Annual report on the health of the army in India
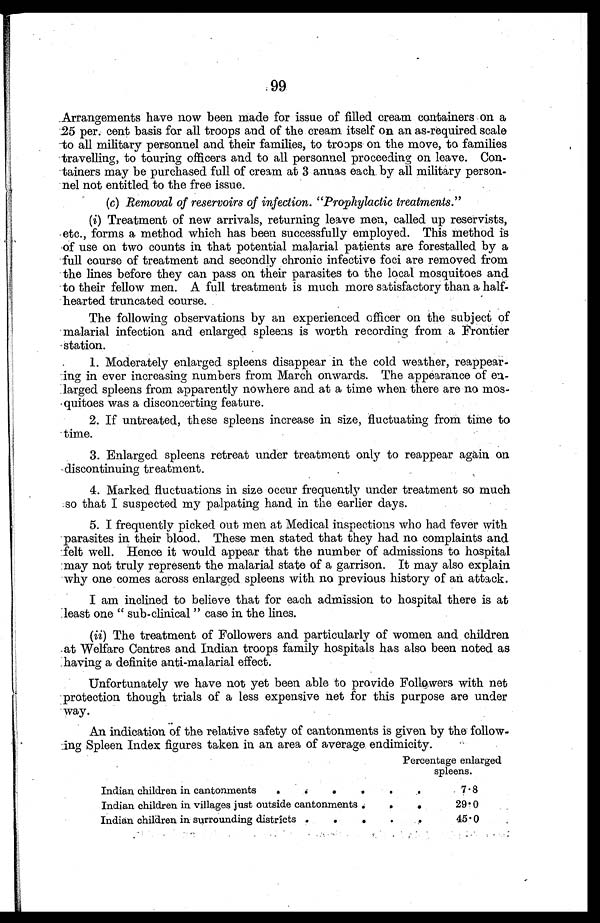
99
Arrangements have now been made for issue of filled cream containers on a
25 per. cent basis for all troops and of the cream itself on an as-required scale
to all military personnel and their families, to troops on the move, to families
travelling, to touring officers and to all personnel proceeding on leave. Con
- tainers may be purchased full of cream at 3 annas each by all military person-
nel not entitled to the free issue.
(c) Removal of reservoirs of infection. "Prophylactic treatments."
(i) Treatment of new arrivals, returning leave men, called up reservists,
etc., forms a method which has been successfully employed. This method is
of use on two counts in that potential malarial patients are forestalled by a
full course of treatment and secondly chronic infective foci are removed from
the lines before they can pass on their parasites to the local mosquitoes and
to their fellow men. A full treatment is much more satisfactory than a half-
- h e a r t e d t r u n c a t e d c o u r s e .
The following observations by an experienced officer on the subject of
malarial infection and enlarged spleens is worth recording from a Frontier
station.
1. Moderately enlarged spleens disappear in the cold weather, reappear
-ing in ever increasing numbers from March onwards. The appearance of en--
larged spleens from apparently nowhere and at a time when there are no mos
- quitoes was a disconcerting feature.
2. If untreated, these spleens increase in size, fluctuating from time to
time.
3.Enlarged spleens retreat under treatment only to reappear again on
discontinuing treatment.
4.Marked fluctuations in size occur frequently under treatment so much
so that I suspected my palpating hand in the earlier days.
5.I frequently picked out men at Medical inspections who had fever with
parasites in their blood. These men stated that they had no complaints and
felt well. Hence it would appear that the number of admissions to hospital
may not truly represent the malarial state of a garrison. It may also explain
why one comes across enlarged spleens with no previous history of an attack.
I am inclined to believe that for each admission to hospital there is at
least one "sub-clinical" case in the lines.
(ii) The treatment of Followers and particularly of women and children
at Welfare Centres and Indian troops family hospitals has also been noted as
having a definite anti-malarial effect.
Unfortunately we have not yet been able to provide Followers with net
protection though trials of a less expensive net for this purpose are under
way.
An indication of the relative safety of cantonments is given by the follow--
ing Spleen Index figures taken in an area of average endimicity.
Percentage enlarged
spleens.
Indian children in cantonments
7.8
Indian children in villages just outside cantonments
29.0
Indian children in surrounding districts
4 5 . 0